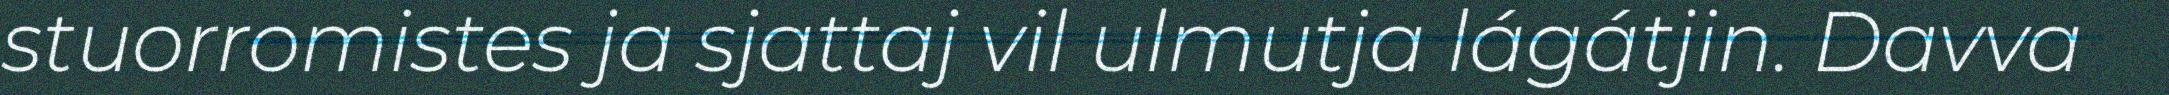
stuorromistes ja sjattaj vil ulmutja lágátjin. Davva